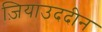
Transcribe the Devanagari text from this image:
ज़ियाउददीन